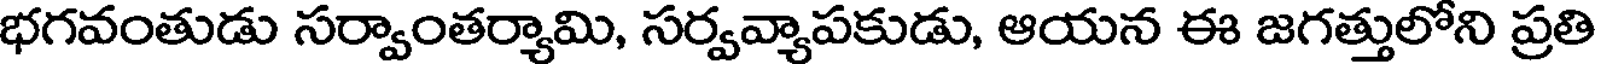
భగవంతుడు సర్వాంతర్యామి, సర్వవ్యాపకుడు, ఆయన ఈ జగత్తులోని ప్రతి